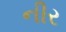
નીર